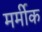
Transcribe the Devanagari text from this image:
मर्मीक